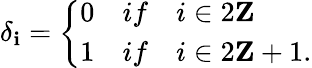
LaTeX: \delta_{\mathbf{i}}=\left\{ \begin{array}{ll}{{0}}&{{if\quad i\in 2{\mathbf Z}}}\\ {{1}}&{{if\quad i\in 2{\mathbf Z}+1.}}\end{array}\right.